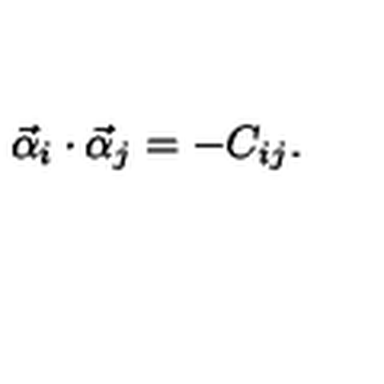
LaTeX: \vec { \alpha } _ { i } \cdot \vec { \alpha } _ { j } = - C _ { i j } .